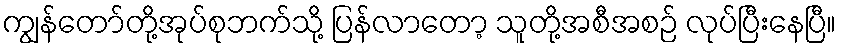
ကျွန်တော်တို့အုပ်စုဘက်သို့ ပြန်လာတော့ သူတို့အစီအစဉ် လုပ်ပြီးနေပြီ။